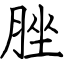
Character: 脞